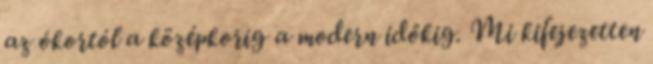
az ókortól a középkorig a modern időkig. Mi kifejezetten